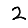
Digit: 2